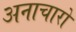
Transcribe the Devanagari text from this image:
अनाचारो